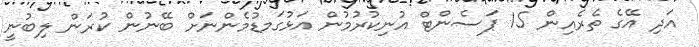
އަދި އޭގެ ތެރެއިން 15 ޕަސެންޓް އުނިކުރުމުން އަޅުގަމޑުމެންނަށް ބޭނުން ކުރަން ލިބުނީ